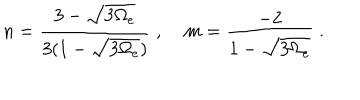
LaTeX: n = \frac { 3 - \sqrt { 3 \Omega _ { e } } } { 3 ( 1 - \sqrt { 3 \Omega _ { e } } ) } \; , \; m = \frac { - 2 } { 1 - \sqrt { 3 \Omega _ { e } } } \; .